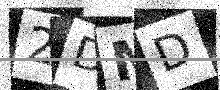
Text: 2DMD